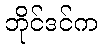
ဘိုင်ဒင်က